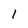
Character: I